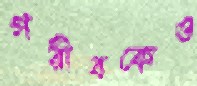
গরীবকেও